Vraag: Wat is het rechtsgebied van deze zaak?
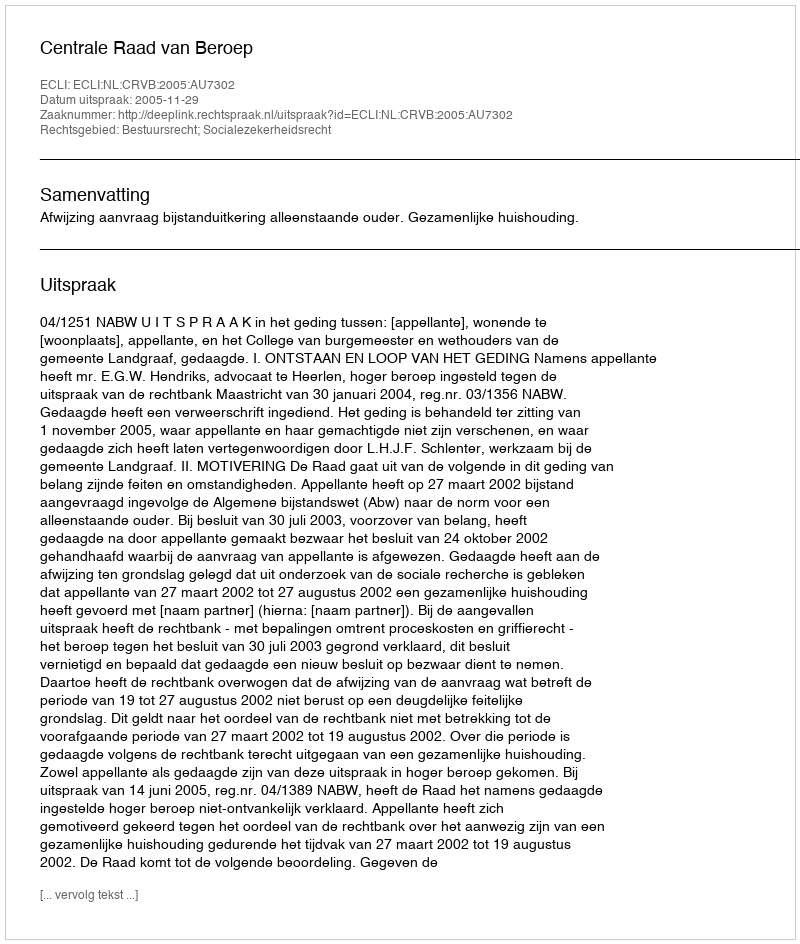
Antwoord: Bestuursrecht; Socialezekerheidsrecht